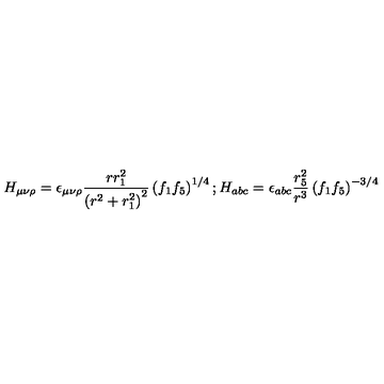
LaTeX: H _ { \mu \nu \rho } = \epsilon _ { \mu \nu \rho } \frac { r r _ { 1 } ^ { 2 } } { \left( r ^ { 2 } + r _ { 1 } ^ { 2 } \right) ^ { 2 } } \left( f _ { 1 } f _ { 5 } \right) ^ { 1 / 4 } ; H _ { a b c } = \epsilon _ { a b c } \frac { r _ { 5 } ^ { 2 } } { r ^ { 3 } } \left( f _ { 1 } f _ { 5 } \right) ^ { - 3 / 4 }